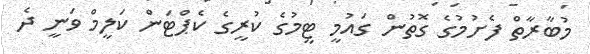
މުބާރާތް ފެށުމުގެ ގޮތުން ގައުމީ ޓީމުގެ ކުރީގެ ކެޕްޓަން ކަލީމް ވަނީ ދެ